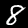
Digit: 8